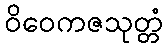
ဝိဝေကဇသုတ္တံ